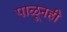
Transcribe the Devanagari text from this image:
पाळूनही